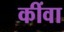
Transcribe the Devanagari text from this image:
कींवा